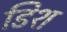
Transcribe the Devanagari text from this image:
डिश